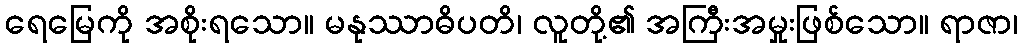
ရေမြေကို အစိုးရသော။ မနုဿာဓိပတိ၊ လူတို့၏ အကြီးအမှုးဖြစ်သော။ ရာဇာ၊